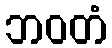
ဘဝတံ